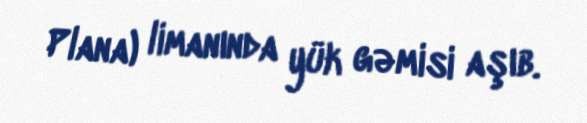
Plana) limanında yük gəmisi aşıb.